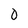
Character: 0